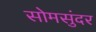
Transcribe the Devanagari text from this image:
सोमसुंदर